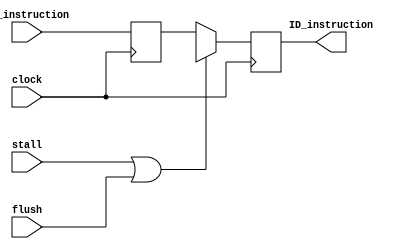
module pipe_if_id (
    input clock,
    input flush,
    input stall,
    input [8:0] IF_instruction,
    output reg [8:0] ID_instruction
);


reg [8:0] instruction;

always @(negedge clock) begin
    instruction <= IF_instruction;
end

always @(posedge clock) begin
    if(stall|| flush) ID_instruction <= 9'bxxxxxxxxx;
    else ID_instruction <= instruction;
end
endmodule